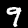
Label: 9